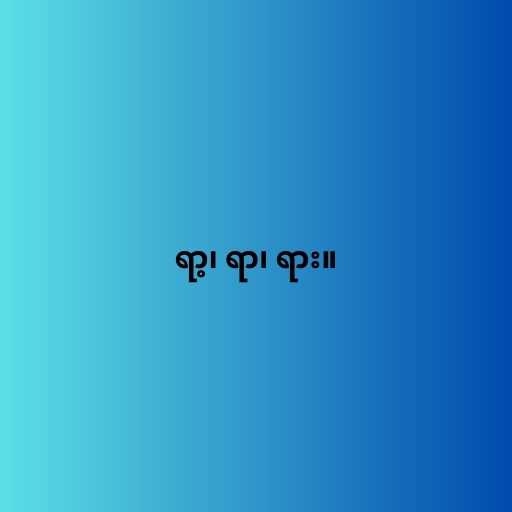
ရာ့၊ ရာ၊ ရား။